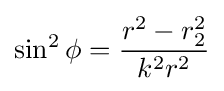
\sin ^{2}\phi ={\frac {r^{2}-r_{2}^{2}}{k^{2}r^{2}}}